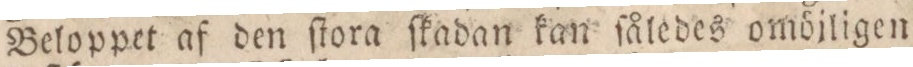
Beloppet af den ſlora ſkadan kan ſåledes omöjligen